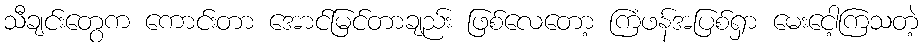
သီချင်းတွေက ကောင်းတာ အောင်မြင်တာချည်း ဖြစ်လေတော့ ကြံဖန်အပြစ်ရှာ မေးငေါ့ကြသတဲ့